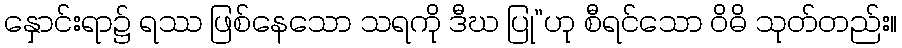
နှောင်းရာ၌ ရဿ ဖြစ်နေသော သရကို ဒီဃ ပြု”ဟု စီရင်သော ဝိဓိ သုတ်တည်း။